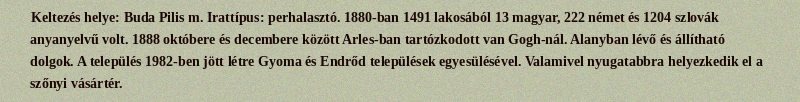
Keltezés helye: Buda Pilis m. Irattípus: perhalasztó. 1880-ban 1491 lakosából 13 magyar, 222 német és 1204 szlovák anyanyelvű volt. 1888 októbere és decembere között Arles-ban tartózkodott van Gogh-nál. Alanyban lévő és állítható dolgok. A település 1982-ben jött létre Gyoma és Endrőd települések egyesülésével. Valamivel nyugatabbra helyezkedik el a szőnyi vásártér.